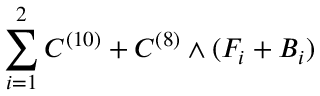
\sum _ { i = 1 } ^ { 2 } C ^ { ( 1 0 ) } + C ^ { ( 8 ) } \wedge ( F _ { i } + B _ { i } )